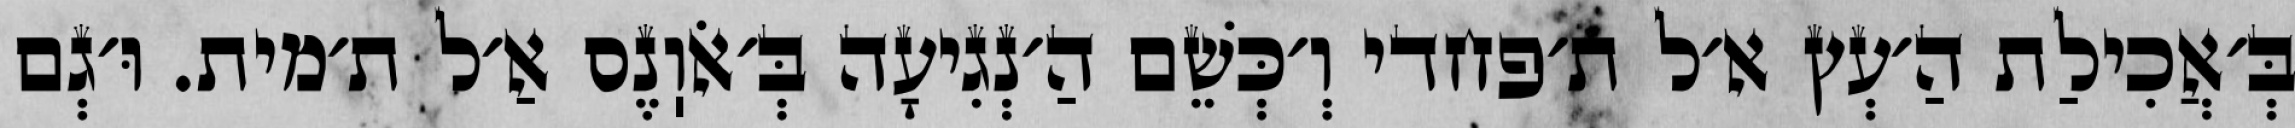
בְּ׳אֲכִילַת הַ׳עְץ א׳ל ת׳פחדי וְ׳כְּשֵׁם הַ׳נְגִיעָה בְּ׳אֹוֽנֶס אַ׳ל ת׳מית. וּ׳גְם